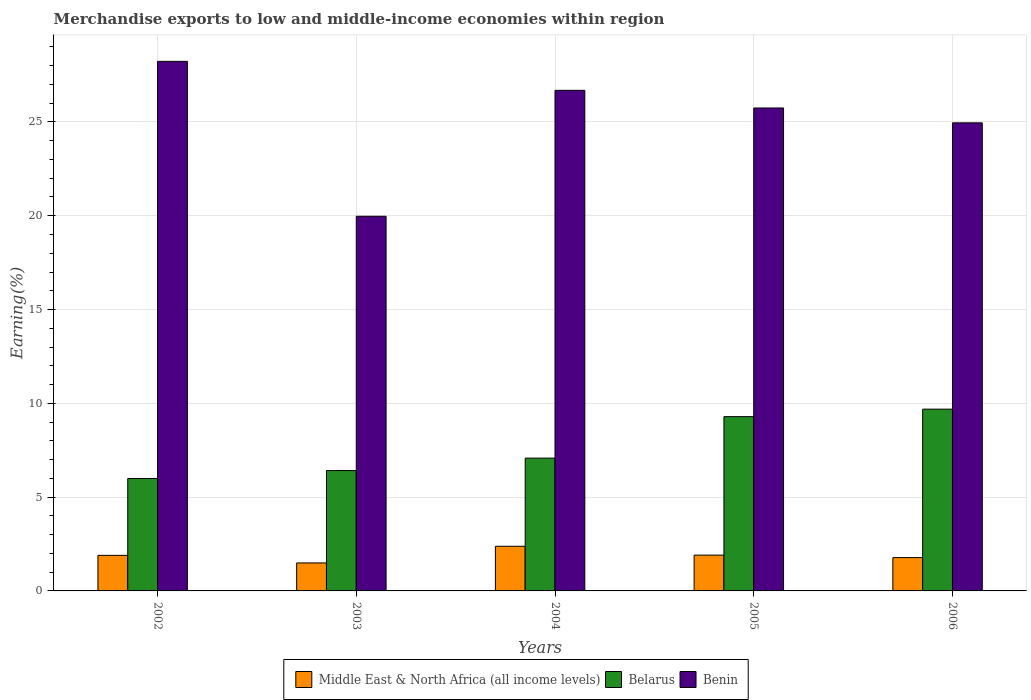
| Years | Middle East & North Africa (all income levels) | Belarus | Benin |
 | --- | --- | --- | --- |
 | 2002 | 1.9 | 5.99 | 28.2 |
 | 2003 | 1.49 | 6.42 | 20 |
 | 2004 | 2.38 | 7.08 | 26.7 |
 | 2005 | 1.91 | 9.29 | 25.7 |
 | 2006 | 1.78 | 9.69 | 25 |